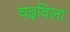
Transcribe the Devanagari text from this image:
चढ़विला